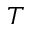
T